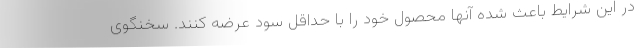
در این شرایط باعث شده آنها محصول خود را با حداقل سود عرضه کنند. سخنگوی